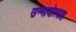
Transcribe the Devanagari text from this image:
उन्मादोत्साह